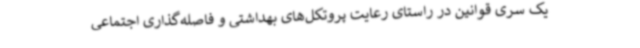
یک سری قوانین در راستای رعایت پروتکل‌های بهداشتی و فاصله‌گذاری اجتماعی